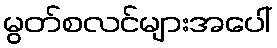
မွတ်စလင်များအပေါ်